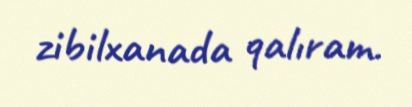
zibilxanada qalıram.